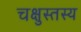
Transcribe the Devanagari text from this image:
चक्षुस्तस्य